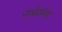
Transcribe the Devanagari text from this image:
नार्थंबरलैड